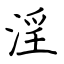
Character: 淫